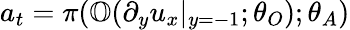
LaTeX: a_{t}=\pi(\mathbb{O}(\partial_{y}u_{x}|_{y=-1};\theta_{O});\theta_{A})